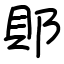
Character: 郥